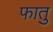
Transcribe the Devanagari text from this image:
फातु